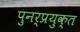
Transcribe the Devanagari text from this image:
पुनर्प्रयुक्त